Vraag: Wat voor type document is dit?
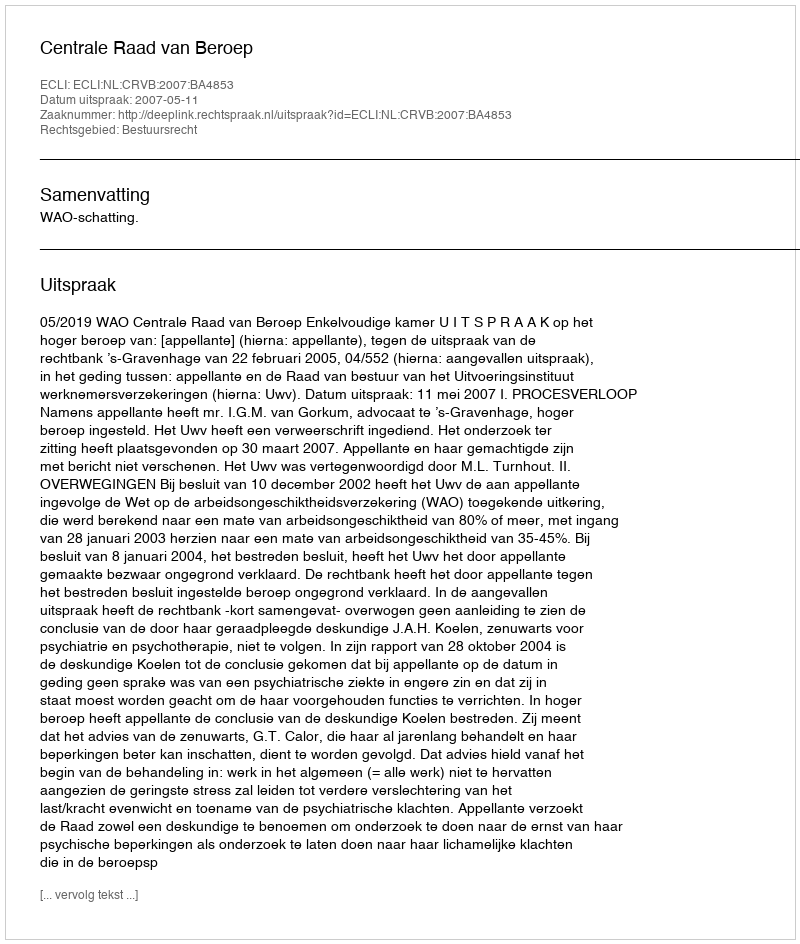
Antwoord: Uitspraak